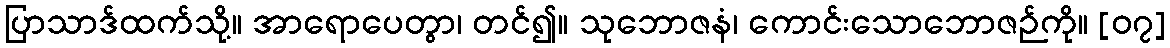
ပြာသာဒ်ထက်သို့။ အာရောပေတွာ၊ တင်၍။ သုဘောဇနံ၊ ကောင်းသောဘောဇဉ်ကို။ [၀၇]